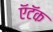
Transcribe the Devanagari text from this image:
ऍटॅक